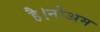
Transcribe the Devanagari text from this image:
है।नोअम